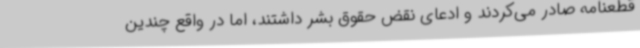
قطعنامه صادر می‌کردند و ادعای نقض حقوق بشر داشتند، اما در واقع چندین